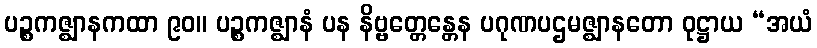
ပဉ္စကဇ္ဈာနကထာ ၉၀။ ပဉ္စကဇ္ဈာနံ ပန နိဗ္ဗတ္တေန္တေန ပဂုဏပဌမဇ္ဈာနတော ဝုဋ္ဌာယ “အယံ